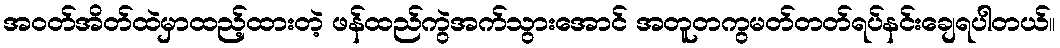
အဝတ်အိတ်ထဲမှာထည့်ထားတဲ့ ဖန်ထည်ကွဲအက်သွားအောင် အတူတကွမတ်တတ်ရပ်နင်းချေရပါတယ်။